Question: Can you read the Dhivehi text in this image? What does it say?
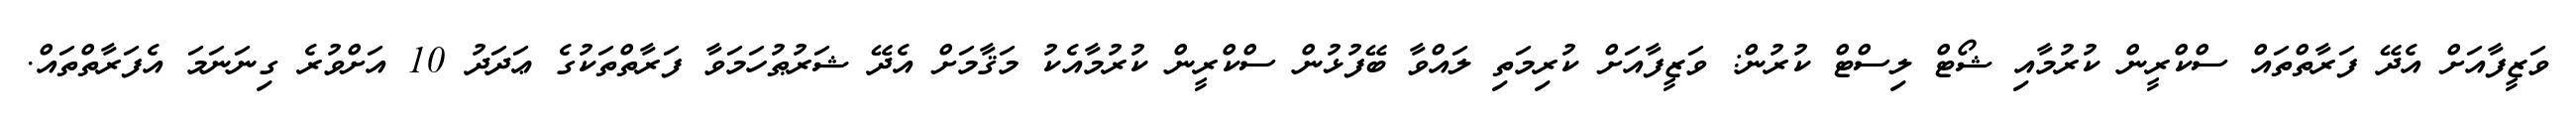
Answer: ވަޒީފާއަށް އެދޭ ފަރާތްތައް ސްކްރީން ކުރުމާއި ޝޯޓް ލިސްޓް ކުރުން: ވަޒީފާއަށް ކުރިމަތި ލައްވާ ބޭފުޅުން ސްކްރީން ކުރުމާއެކު މަޤާމަށް އެދޭ ޝަރުޠުހަމަވާ ފަރާތްތަކުގެ ޢަދަދު 10 އަށްވުރެ ގިނަނަމަ އެފަރާތްތައް.